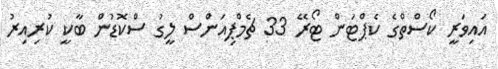
އައިވަރީ ކޯސްތްގެ ކެޕްޓަން ޓޯރޭ 33 ޗެމްޕިއަންސް ލީގު ސްކޮޑުން ބާކީ ކުރިއިރު